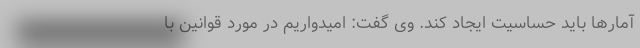
آمارها باید حساسیت ایجاد کند. وی گفت: امیدواریم در مورد قوانین با